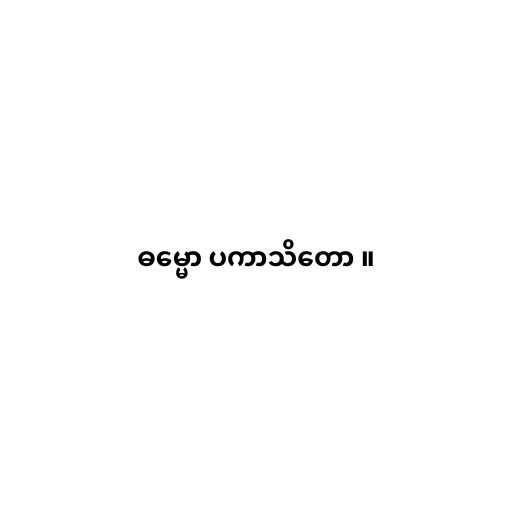
ဓမ္မော ပကာသိတော ။